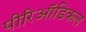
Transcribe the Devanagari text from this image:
पीरिऑडिकल